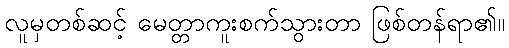
လူမှတစ်ဆင့် မေတ္တာကူးစက်သွားတာ ဖြစ်တန်ရာ၏။